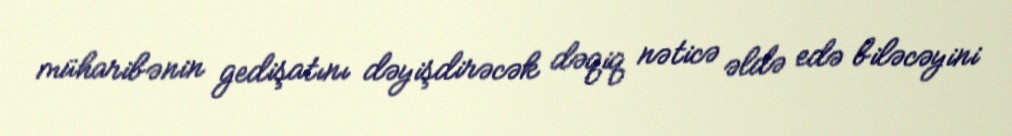
müharibənin gedişatını dəyişdirəcək dəqiq nəticə əldə edə biləcəyini